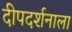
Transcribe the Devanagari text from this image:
दीपदर्शनाला